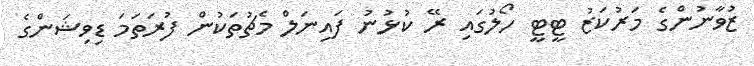
ޒުވާނުންގެ މަރުކަޒު ޓީޓީ ހޯލުގައި ރޭ ކުޅުނު ފައިނަލް މެޗުތަކުން ފުރަތަމަ ޑިވިޝަންގެ